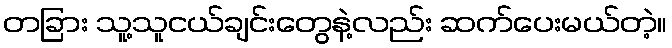
တခြား သူ့သူငယ်ချင်းတွေနဲ့လည်း ဆက်ပေးမယ်တဲ့။